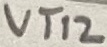
Text: VT12